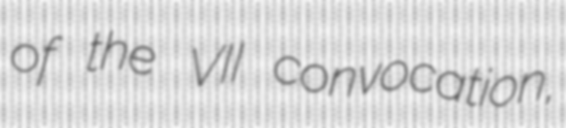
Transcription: of the VII convocation,